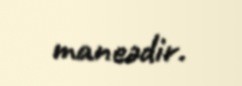
maneədir.